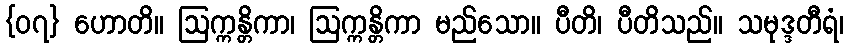
{၀၇} ဟောတိ။ ဩက္ကန္တိကာ၊ ဩက္ကန္တိကာ မည်သော။ ပီတိ၊ ပီတိသည်။ သမုဒ္ဒတီရံ၊